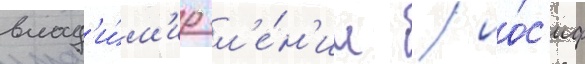
влад'и́м'ир л'е́н'ин / ио́с'иф